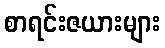
စာရင်းဇယားများ